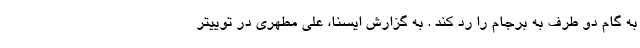
به گام دو طرف به برجام را رد کند . به گزارش ایسنا، علی مطهری در توییتر